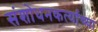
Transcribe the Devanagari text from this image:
संशोधनकर्त्याच्या